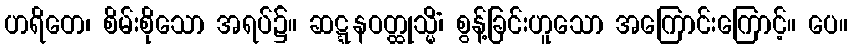
ဟရိတေ၊ စိမ်းစိုသော အရပ်၌။ ဆဋ္ဋနဝတ္ထုသ္မိံ၊ စွန့်ခြင်းဟူသော အကြောင်းကြောင့်။ ပေ။